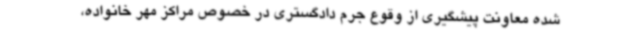
شده معاونت پیشگیری از وقوع جرم دادگستری در خصوص مراکز مهر خانواده،